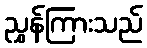
ညွှန်ကြားသည်